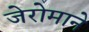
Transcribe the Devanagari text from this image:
जेरोमाने